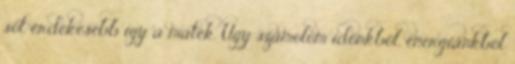
sőt érdekesebb így a matek. Úgy számolom időnkből, energiánkból